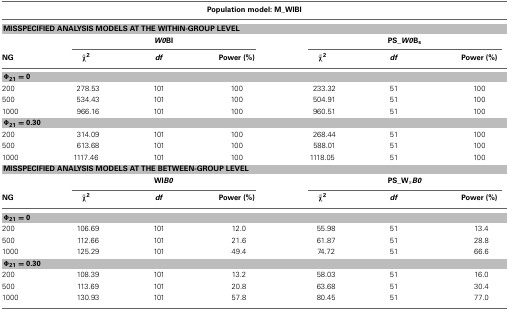
<table><thead><tr><td colspan="7"><b>Population model: M_WIBI</b></td></tr><tr><td colspan="7"><b>MISSPECIFIED ANALYSIS MODELS AT THE WITHIN-GROUP LEVEL</b></td></tr><tr><td></td><td colspan="3"><b><i>W0</i>BI</b></td><td colspan="3"><b>PS_<i>W0</i>B<sub>s</sub></b></td></tr><tr><td><b>NG</b></td><td><b><overline>χ</overline><sup>2</sup></b></td><td><b><i>df</i></b></td><td><b>Power (%)</b></td><td><b><overline>χ</overline><sup>2</sup></b></td><td><b><i>df</i></b></td><td><b>Power (%)</b></td></tr></thead><tbody><tr><td colspan="7"><b>Φ<b><sub>21</sub></b> = <b>0</b></b></td></tr><tr><td>200</td><td>278.53</td><td>101</td><td>100</td><td>233.32</td><td>51</td><td>100</td></tr><tr><td>500</td><td>534.43</td><td>101</td><td>100</td><td>504.91</td><td>51</td><td>100</td></tr><tr><td>1000</td><td>966.16</td><td>101</td><td>100</td><td>960.51</td><td>51</td><td>100</td></tr><tr><td colspan="7"><b>Φ<b><sub>21</sub></b> = <b>0.30</b></b></td></tr><tr><td>200</td><td>314.09</td><td>101</td><td>100</td><td>268.44</td><td>51</td><td>100</td></tr><tr><td>500</td><td>613.68</td><td>101</td><td>100</td><td>588.01</td><td>51</td><td>100</td></tr><tr><td>1000</td><td>1117.46</td><td>101</td><td>100</td><td>1118.05</td><td>51</td><td>100</td></tr><tr><td colspan="7"><b>MISSPECIFIED ANALYSIS MODELS AT THE BETWEEN-GROUP LEVEL</b></td></tr><tr><td></td><td colspan="3"><b>WI<i>B0</i></b></td><td colspan="3"><b>PS_W<sub><i>s</i></sub><i>B0</i></b></td></tr><tr><td><b>NG</b></td><td><b><overline>χ</overline></b><b><sup>2</sup></b></td><td><b><i>df</i></b></td><td><b>Power (%)</b></td><td><b><overline>χ</overline></b><b><sup>2</sup></b></td><td><b><i>df</i></b></td><td><b>Power (%)</b></td></tr><tr><td colspan="7"><b>Φ<b><sub>21</sub></b> = <b>0</b></b></td></tr><tr><td>200</td><td>106.69</td><td>101</td><td>12.0</td><td>55.98</td><td>51</td><td>13.4</td></tr><tr><td>500</td><td>112.66</td><td>101</td><td>21.6</td><td>61.87</td><td>51</td><td>28.8</td></tr><tr><td>1000</td><td>125.29</td><td>101</td><td>49.4</td><td>74.72</td><td>51</td><td>66.6</td></tr><tr><td colspan="7"><b>Φ<b><sub>21</sub></b> = <b>0.30</b></b></td></tr><tr><td>200</td><td>108.39</td><td>101</td><td>13.2</td><td>58.03</td><td>51</td><td>16.0</td></tr><tr><td>500</td><td>113.69</td><td>101</td><td>20.8</td><td>63.68</td><td>51</td><td>30.4</td></tr><tr><td>1000</td><td>130.93</td><td>101</td><td>57.8</td><td>80.45</td><td>51</td><td>77.0</td></tr></tbody></table>